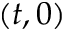
( t , 0 )